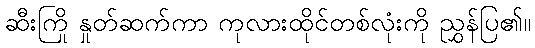
ဆီးကြို နှုတ်ဆက်ကာ ကုလားထိုင်တစ်လုံးကို ညွှန်ပြ၏။